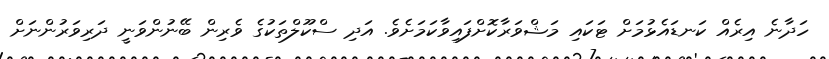
ހަދާނެ އިރެއް ކަނޑައެޅުމަށް ޓަކައި މަޝްވަރާކޮށްފައިވާކަމަށެވެ. އަދި ސްކޫލްތަކުގެ ވެރިން ބޭނުންވަނީ ދަރިވަރުންނަށް